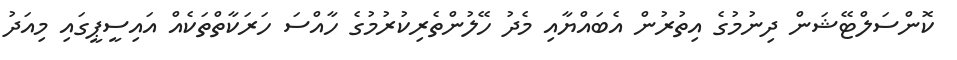
ކޮންސަލްޓޭޝަން ދިނުމުގެ އިތުރުން އެބައްޔާއި މެދު ހޭލުންތެރިކުރުމުގެ ހާއްސަ ހަރަކާތްތަކެއް އައިސީޕީގައި މިއަދު